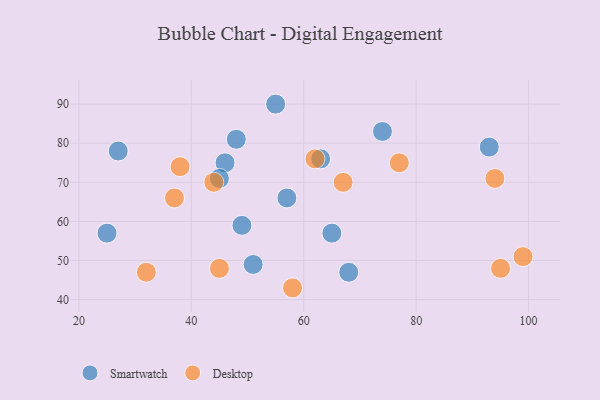
{"axis": {"x": "GDP", "y": "Life Expectancy"}, "legend": ["Desktop", "Smartwatch"], "data": [{"x": "55", "y": 90, "type": "Smartwatch"}, {"x": "51", "y": 49, "type": "Smartwatch"}, {"x": "27", "y": 78, "type": "Smartwatch"}, {"x": "46", "y": 75, "type": "Smartwatch"}, {"x": "45", "y": 71, "type": "Smartwatch"}, {"x": "68", "y": 47, "type": "Smartwatch"}, {"x": "49", "y": 59, "type": "Smartwatch"}, {"x": "93", "y": 79, "type": "Smartwatch"}, {"x": "65", "y": 57, "type": "Smartwatch"}, {"x": "57", "y": 66, "type": "Smartwatch"}, {"x": "25", "y": 57, "type": "Smartwatch"}, {"x": "74", "y": 83, "type": "Smartwatch"}, {"x": "63", "y": 76, "type": "Smartwatch"}, {"x": "48", "y": 81, "type": "Smartwatch"}, {"x": "45", "y": 48, "type": "Desktop"}, {"x": "99", "y": 51, "type": "Desktop"}, {"x": "32", "y": 47, "type": "Desktop"}, {"x": "44", "y": 70, "type": "Desktop"}, {"x": "62", "y": 76, "type": "Desktop"}, {"x": "67", "y": 70, "type": "Desktop"}, {"x": "37", "y": 66, "type": "Desktop"}, {"x": "77", "y": 75, "type": "Desktop"}, {"x": "38", "y": 74, "type": "Desktop"}, {"x": "95", "y": 48, "type": "Desktop"}, {"x": "94", "y": 71, "type": "Desktop"}, {"x": "58", "y": 43, "type": "Desktop"}]}